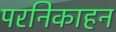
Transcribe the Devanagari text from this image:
परनिकाहन